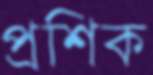
প্রশিক